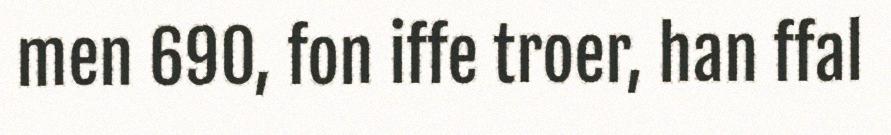
men 690, fon iffe troer, han ffal